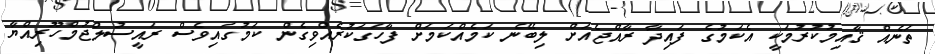
ތަނެއް ޤާއިމުކުރުމަކީ އެކަމުގެ ފައިދާ ރާއްޖެއަށް ލިބޭނެ ކަމެއްކަމަށް ފާހަގަކުރެއްވިގެން ކަމުގައިވެސް ރައީސުލްޖުމްހޫރިއްޔާ